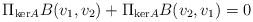
LaTeX: \begin{align*} \Pi_{\mathrm{ker}A} B(v_1,v_2) + \Pi_{\mathrm{ker}A} B(v_2,v_1) = 0 \end{align*}